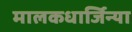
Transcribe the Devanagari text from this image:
मालकधार्जिन्या